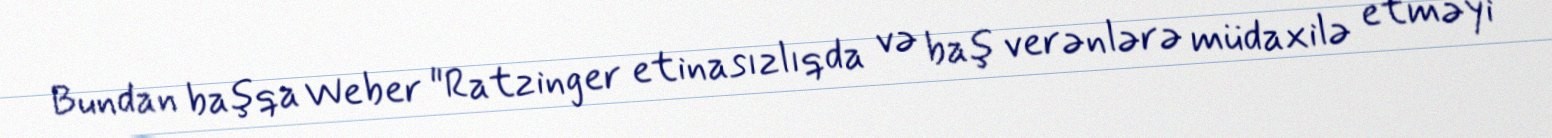
Bundan başqa Weber "Ratzinger etinasızlıqda və baş verənlərə müdaxilə etməyi